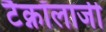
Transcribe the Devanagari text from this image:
टैक्नॉलाजी